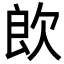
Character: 欴